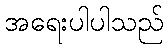
အရေးပါပါသည်